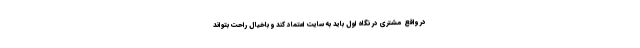
در واقع مشتری در نگاه اول باید به سایت اعتماد کند و باخیال راحت بتواند